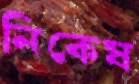
নিকেষ